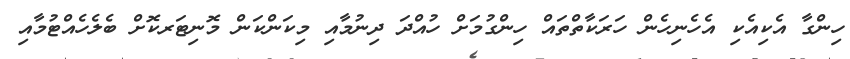
ހިންގާ އެކިއެކި އެހެނިހެން ހަރަކާތްތައް ހިންގުމަށް ހުއްދަ ދިނުމާއި މިކަންކަން މޮނިޓަރކޮށް ބެލެހެއްޓުމާއި